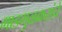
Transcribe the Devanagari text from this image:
माडगुळकरांचे